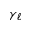
\gamma _ { \ell }